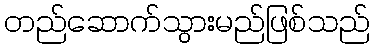
တည်ဆောက်သွားမည်ဖြစ်သည်